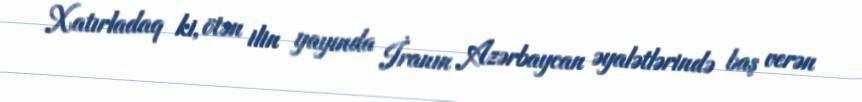
Xatırladaq ki, ötən ilin yayında İranın Azərbaycan əyalətlərində baş verən